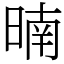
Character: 暔